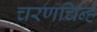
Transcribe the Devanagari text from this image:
चरणचिन्ह